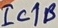
Text: IC1B